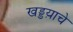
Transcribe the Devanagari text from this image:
खड्डय़ाचे